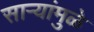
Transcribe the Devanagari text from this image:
साऱ्यांमुळे